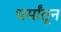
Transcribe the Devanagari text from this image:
धर्मांतून